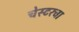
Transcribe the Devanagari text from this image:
चेस्टरचा